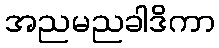
အညမညခါဒိကာ